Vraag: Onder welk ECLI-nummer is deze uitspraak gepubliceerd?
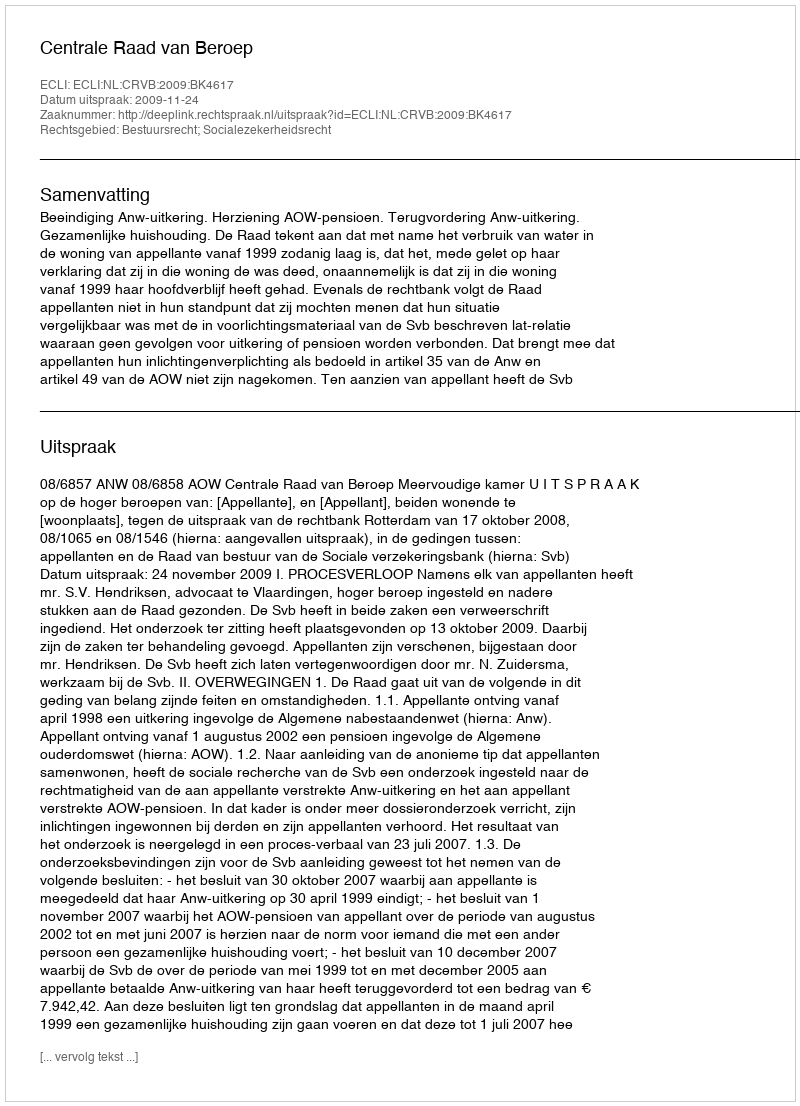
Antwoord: ECLI:NL:CRVB:2009:BK4617